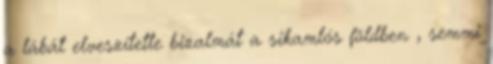
a lábát elveszítette bizalmát a sikamlós földben , semmi